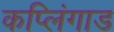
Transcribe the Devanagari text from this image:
कप्लिंगाड